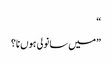
“
”میں سانولی ہوں نا؟